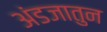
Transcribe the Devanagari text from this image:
अंडजातुन